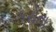
કરોતા